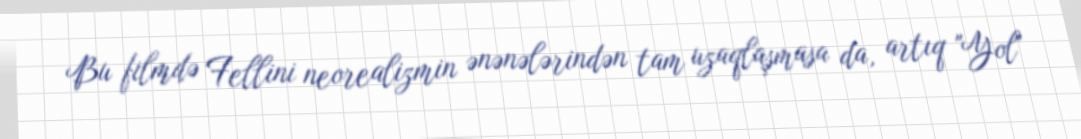
Bu filmdə Fellini neorealizmin ənənələrindən tam uzaqlaşmasa da, artıq "Yol"